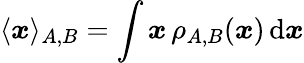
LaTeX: \langle{\boldsymbol{x}}\rangle_{A,B}=\int{\boldsymbol{x}}\, \rho_{A,B}({\boldsymbol{x}})\, \mathrm{d}{\boldsymbol{x}}